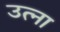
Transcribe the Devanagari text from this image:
उत्ना